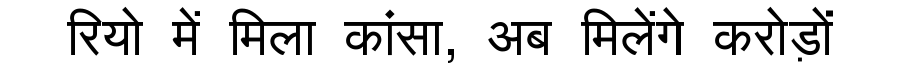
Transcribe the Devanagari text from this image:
रियो में मिला कांसा, अब मिलेंगे करोड़ों